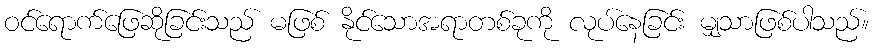
ဝင်ရောက်ဖြေဆိုခြင်းသည် မဖြစ် နိုင်သောအရာတစ်ခုကို လုပ်နေခြင်း မျှသာဖြစ်ပါသည်။